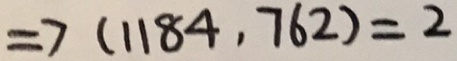
\Rightarrow ( 1 1 8 4 , 7 6 2 ) = 2